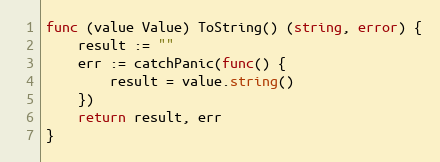
Language: Go
func (value Value) ToString() (string, error) {
	result := ""
	err := catchPanic(func() {
		result = value.string()
	})
	return result, err
}